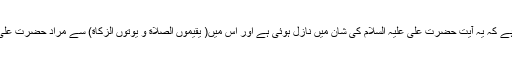
اہل سنت حضرات نے بھی اپنی تفسیروں میں بیان کیاہے کہ یہ آیت حضرت علی علیہ السلام کی شان میں نازل ہوئی ہے اور اس میں( یقیموں الصلاة و یوتوں الزکاة) سے مراد حضرت علی ہیں ، جیسا کہ اوپر روایت کی تفصیل پیش کی گئی ۔